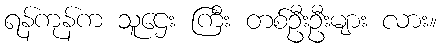
ရန်ကုန်က သူဌေး ကြီး တစ်ဦးဦးများ လား။